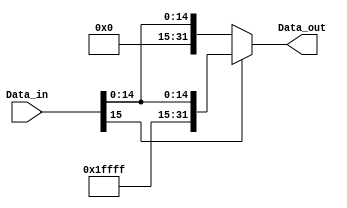
module sign_xtend (
    input wire [15:0] Data_in,
    output wire [31:0] Data_out
);
    
    assign Data_out = (Data_in[15]) ? {{16{1'b1}}, Data_in} : {{16{1'b0}}, Data_in};

endmodule